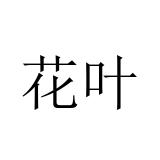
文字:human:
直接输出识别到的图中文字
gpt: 花叶